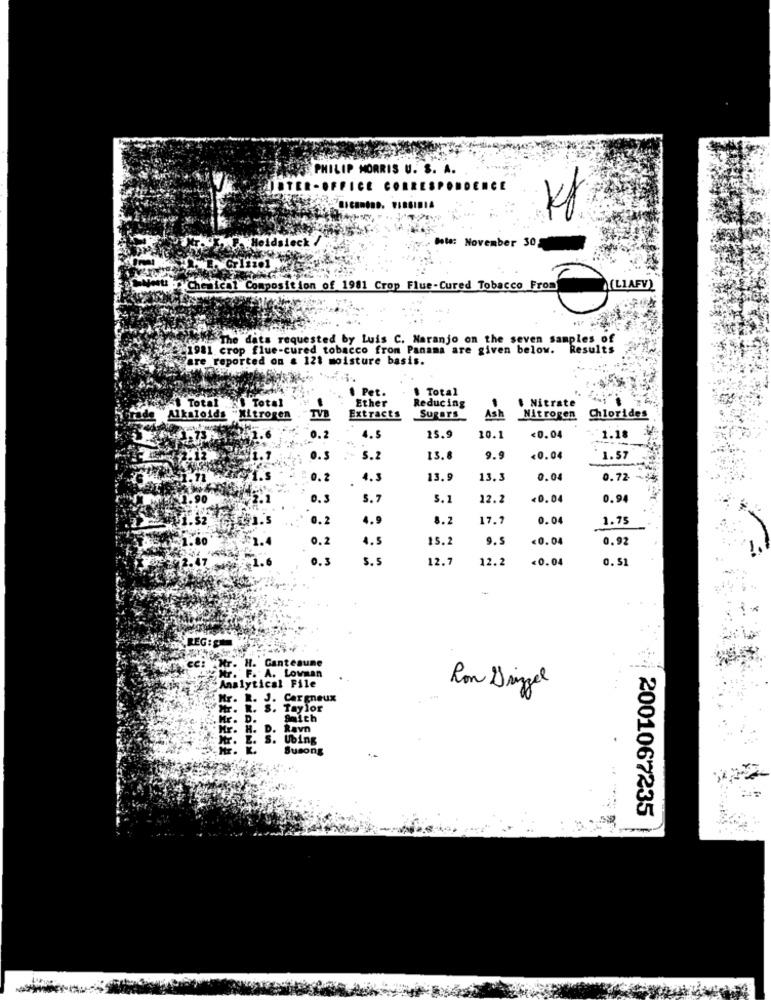
PHILIP MORRIS U. S. A.
FFICE CORR
Heidsleck
bola: November 30
Chemical Composition of 1901 Crop Flue-Cured Tobacco From ( LIAFV)
The dats requested by Luis C. Naranjo on the seven samples of
1981 crop flue-cured tobacco from Panama are given below.
Results
re reported on & 121 moisture basis.
Pet.
. Total
Total ."\ Total
Ether
Reducing
$ Nitrate
Alkaloids -Xitrogen
TVB
Extracts
Sugars
Ash
Nitrogen
Chlorides
0.2
4. 5
15.9
10.1
<0.04
1.18
0.5
5.2
13.8
9.9
<0.04
1.57
0.2
4.5
13.9
13.3
0.04
0.72
0 . 3
s.
5.1
12.2
<0.04
0.94
0.2
4.9
3.2
17.7
0.04
1.75
0.2
4.5
15.
9.5
<0. 04
0.92
0.3
5. 5
12.7
12.2
<0.04
0. 51
REG : g
Mr. H. Gantesune
Mr. F. A. Lowman
Analytical File
Ron Dingel
Hr. L. J. Cargneux
Mr. R. S. Taylor
Hr. D.
Hr. H. D. Ravn
Mr. E. S. Ubing
Susong
2001067235